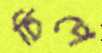
চিপে